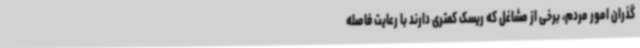
گذران امور مردم، برخی از مشاغل که ریسک کمتری دارند با رعایت فاصله